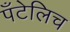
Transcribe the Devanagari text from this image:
पँटेलिच